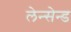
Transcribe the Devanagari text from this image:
लेन्सेन्ड